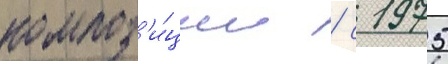
композ'и́ции / с 1975